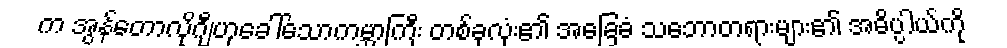
က အွန်တောလိုဂျီဟုခေါ်သောကမ္ဘာကြီး တစ်ခုလုံး၏ အခြေခံ သဘောတရားများ၏ အဓိပ္ပါယ်ကို